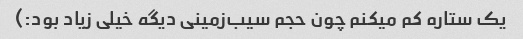
یک ستاره کم میکنم چون حجم سیب‌زمینی دیگه خیلی زیاد بود:)